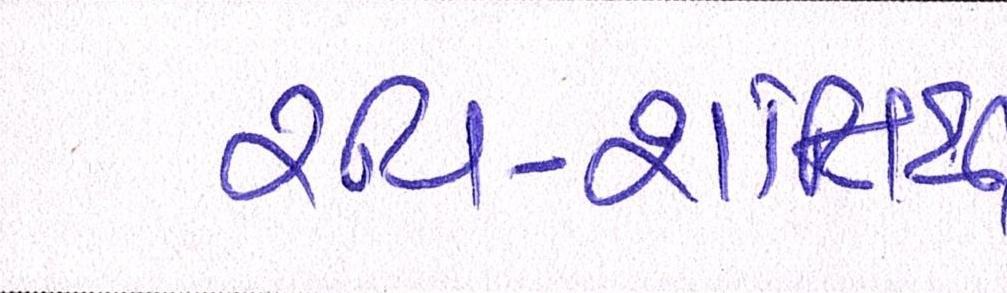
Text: રવિ-શાંતિથી